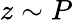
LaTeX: z\sim P